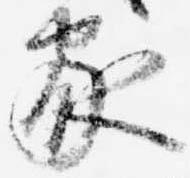
家